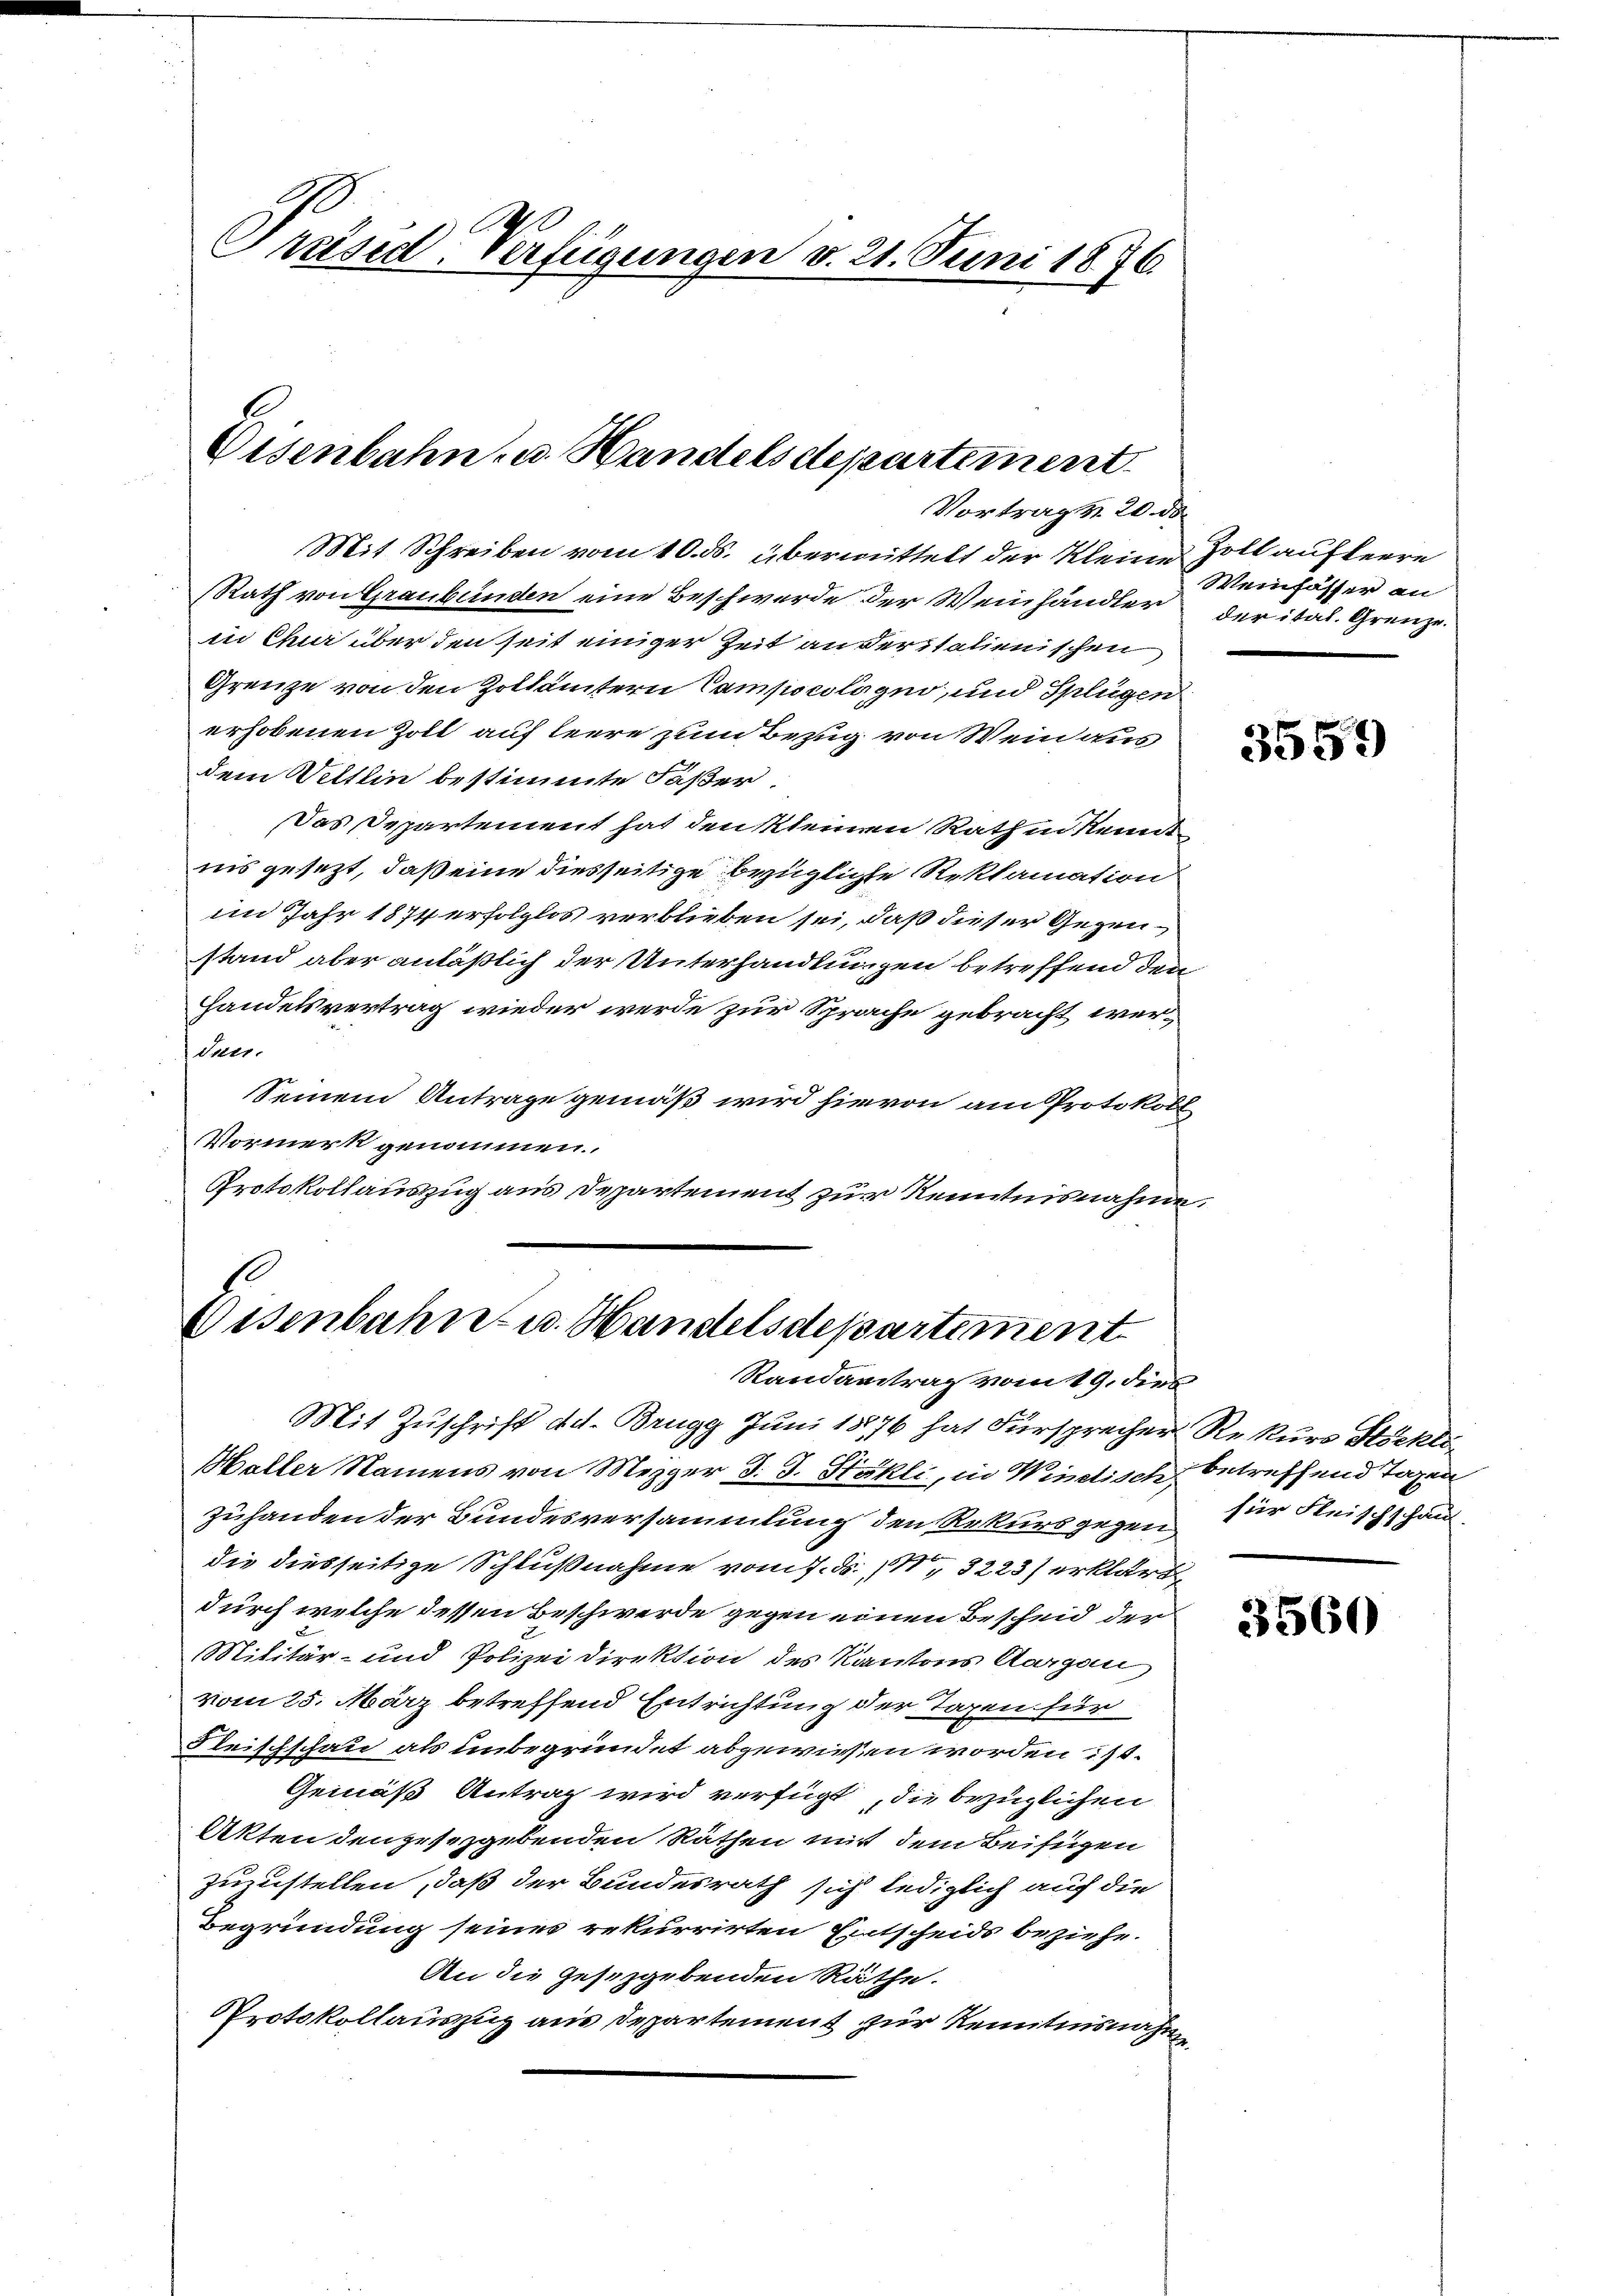
Präsid. Verfügungen v. 21. Juni 1876

Eisenbahn- u. Handelsdepartement.
Vortrag d. 20. ds.

Mit Schreiben vom 10. ds. übermittelt der Kleine Zoll aufkerre
Rath von Graubünden eine Beschwerde der Weinhändler der ital. Grenze.
in Chur über den seit einiger Zeit anderitalienischen
Grenze von den Zollämtern Campscolagio, und Splügen
erhobenen Zoll auf leere zum Bezug von Wein aus
dem Weltlin bestimmte Faßer
Das Departement hat den kleinen Rath in Kennt
nis gesezt, daß eine diesseitige bezüglichte Reklamation
im Jahr 1874 erfolglos verblieben sei, daß dieser Gegenstand aber anläßlich der Unterhandlungen betreffend den
Handelsvertrag wieder werde zur Sprache gebracht werden.
Seinem Antrage gemäß wird hievon am Protokoll
Vormerk genommen.
Protokollauszug aus Departement zur Kenntnisnahme.

1
Eisenbahn- u. Handelsdepartement
Randantrag vom 19. dies

Mit Zuschrift d.d. Brugg Juni 18876 hat Fürsprecher Rekurs Stöckli
Haller Namens von Mezger d. J. Stokli, in Windtisch betreffend Tagen
Zuhanden der Bundesversammlung den Rekursgegen für Fleischschaudie diesseitige Schlußnahme vom 7. d. 1, 3223) erklärt,
durch welche dessen Beschwerde gegen einen Bescheid der
Militär- und Polizei Direktion des Kantons Aargau
vom 25. März betreffend Entrichtung der Taxen für
Fleischschau als unbegründet abgewiesen worden ist.
Gemäß Antrag wird verfügt, die bezüglichen
Akten dengesezgebenden Räthen mit dem Beifügen
zuzustellen, daß der Bundesrath sich lediglich auf die
Begründung seines rekurrirten Entscheids beziehe.
An die Gesetzgebenden Räthe.
Protokollauszug aus Departement zur Kenntnisnahme

Weinfasser an

3559

3560